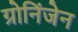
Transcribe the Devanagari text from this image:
ग्रोनिंजेन